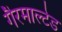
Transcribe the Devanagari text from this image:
गैरमाल्टेड